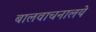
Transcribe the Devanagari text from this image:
बालवाचनालये